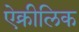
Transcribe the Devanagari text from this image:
ऐक्रीलिक